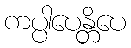
ကပ္ပါပေန္တိပေ